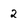
Character: 2